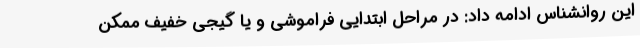
این روانشناس ادامه داد: در مراحل ابتدایی فراموشی و یا گیجی خفیف ممکن